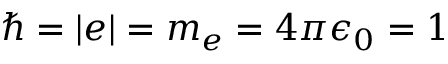
\hbar = | e | = m _ { e } = 4 \pi \epsilon _ { 0 } = 1